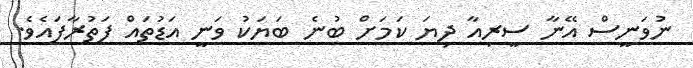
ނުވަނީސް އޭނާ ސީރިއާ ދިޔަ ކަމަށް ބުނެ ބަޔަކު ވަނީ އަޑުތައް ފަތުރާފައެވެ.